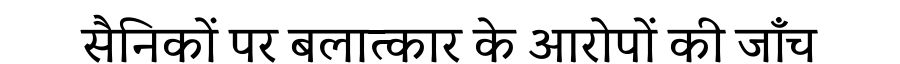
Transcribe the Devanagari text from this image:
सैनिकों पर बलात्कार के आरोपों की जाँच